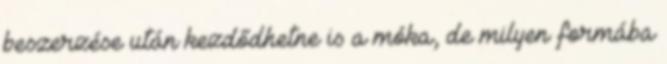
beszerzése után kezdődhetne is a móka, de milyen formába